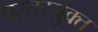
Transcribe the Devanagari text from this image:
प्रस्तरयुक्त